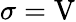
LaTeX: \sigma=\mathrm{V}